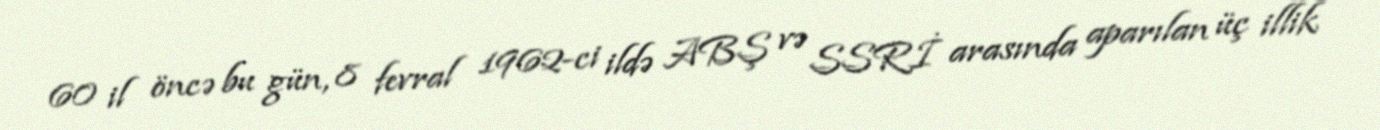
60 il öncə bu gün, 8 fevral 1962-ci ildə ABŞ və SSRİ arasında aparılan üç illik